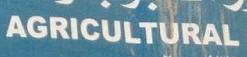
agricultural